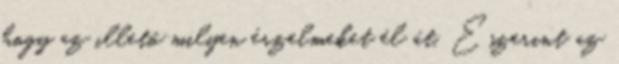
hogy az illető milyen érzelmeket él át. Eszerint az